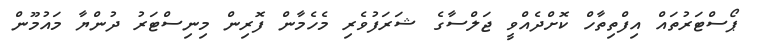
ޕޯސްޓަރުތައް އިފްތިތާހް ކޮށްދެއްވީ ޖަލްސާގެ ޝަރަފުވެރި މެހެމާން ފޮރިން މިނިސްޓަރު ދުންޔާ މައުމޫން